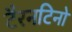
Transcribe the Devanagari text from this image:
टैरनटिनो